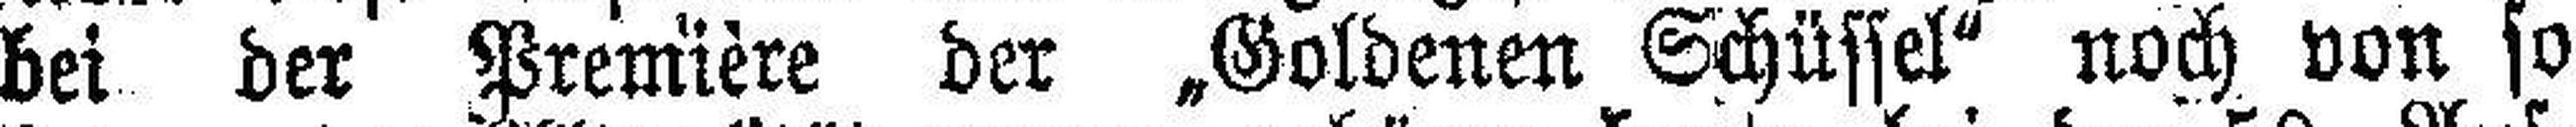
bei der Première der „Goldenen Schüssel“ noch von so